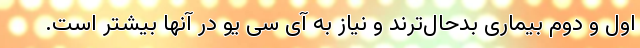
اول و دوم بیماری بدحال‌ترند و نیاز به آی سی یو در آنها بیشتر است.